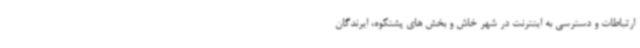
ارتباطات و دسترسی به اینترنت در شهر خاش و بخش های پشتکوه، ایرندگان